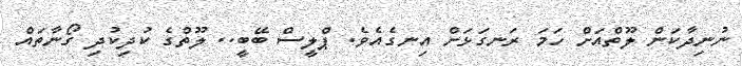
ނުނިދާކަން ލޫތްއަށް ހަމަ ރަނގަޅަށް އިނގެއެވެ. ޕްލީސް ބޭބީ.. ލޫތްގެ ކުދިކުދި ގޯނާތައް